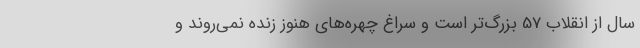
سال از انقلاب 57 بزرگ‌تر است و سراغ چهره‌های هنوز زنده نمی‌روند و